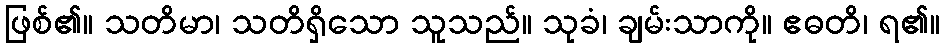
ဖြစ်၏။ သတိမာ၊ သတိရှိသော သူသည်။ သုခံ၊ ချမ်းသာကို။ ဧဓတိ၊ ရ၏။